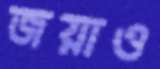
জয়াও